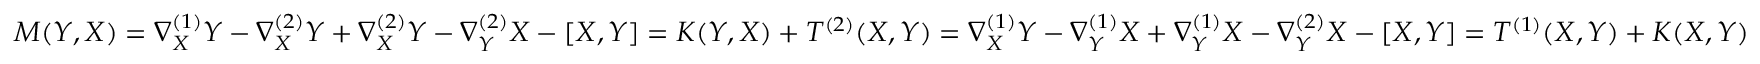
M ( Y , X ) = \nabla _ { X } ^ { ( 1 ) } Y - \nabla _ { X } ^ { ( 2 ) } Y + \nabla _ { X } ^ { ( 2 ) } Y - \nabla _ { Y } ^ { ( 2 ) } X - [ X , Y ] = K ( Y , X ) + T ^ { ( 2 ) } ( X , Y ) = \nabla _ { X } ^ { ( 1 ) } Y - \nabla _ { Y } ^ { ( 1 ) } X + \nabla _ { Y } ^ { ( 1 ) } X - \nabla _ { Y } ^ { ( 2 ) } X - [ X , Y ] = T ^ { ( 1 ) } ( X , Y ) + K ( X , Y )